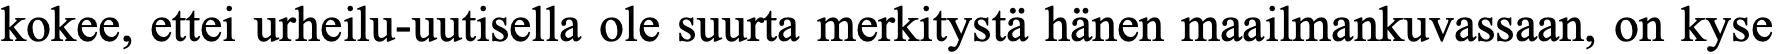
kokee, ettei urheilu-uutisella ole suurta merkitystä hänen maailmankuvassaan, on kyse